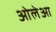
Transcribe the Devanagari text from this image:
ओलेआ